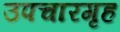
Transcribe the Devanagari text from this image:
उपचारगृह